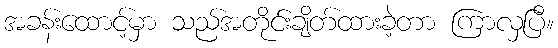
အခန်းထောင့်မှာ သည်အတိုင်းချိတ်ထားခဲ့တာ ကြာလှပြီ။